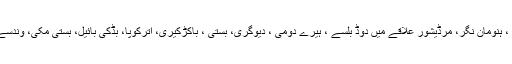
تعلقہ کے پروورگا کالی کامبا، مٹھلی ، تلگیری، جالی ، کوٹیشور، آسارکیری ، ہنومان نگر، مرڈیشور علاقے میں دوڈ بلسے ، ہیرے دومی ، دیوگری، بستی ، باکڑکیری، اترکوپا، بڈکی بائیل، بستی مکی، وندسے سمیت مختلف مقامات پر گنیش وسرجن پروگرام کو دھوم دھام سےمنایاگیا ۔